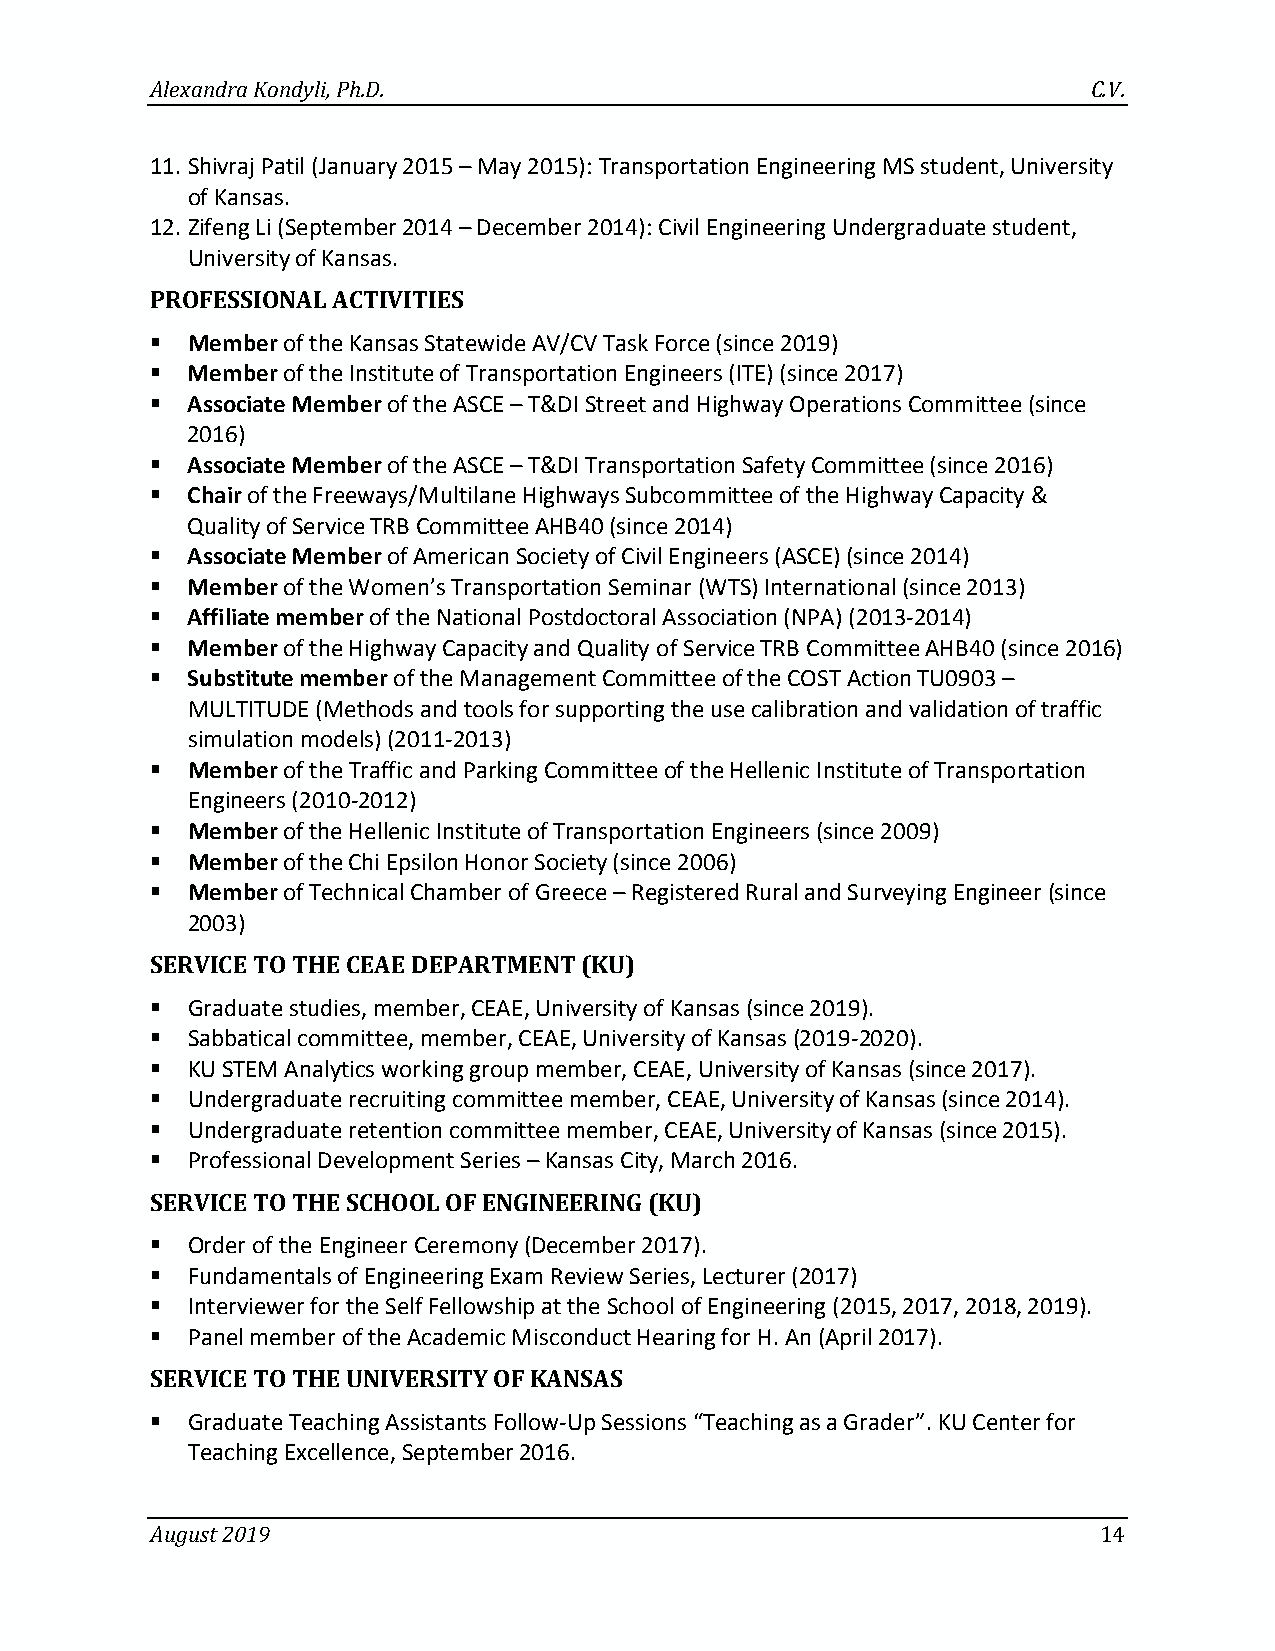
Alexandra Kondyli, Ph.D.                                      C.V.
 11. Shivraj Patil (January 2015 – May 2015): Transportation Engineering MS student, University
 of Kansas.
 12. Zifeng Li (September 2014 – December 2014): Civil Engineering Undergraduate student,
 University of Kansas.
 PROFESSIONAL ACTIVITIES
  Member of the Kansas Statewide AV/CV Task Force (since 2019)
  Member of the Institute of Transportation Engineers (ITE) (since 2017)
  Associate Member of the ASCE – T&DI Street and Highway Operations Committee (since
 2016)
  Associate Member of the ASCE – T&DI Transportation Safety Committee (since 2016)
  Chair of the Freeways/Multilane Highways Subcommittee of the Highway Capacity &
 Quality of Service TRB Committee AHB40 (since 2014)
  Associate Member of American Society of Civil Engineers (ASCE) (since 2014)
  Member of the Women’s Transportation Seminar (WTS) International (since 2013)
  Affiliate member of the National Postdoctoral Association (NPA) (2013-2014)
  Member of the Highway Capacity and Quality of Service TRB Committee AHB40 (since 2016)
  Substitute member of the Management Committee of the COST Action TU0903 –
 MULTITUDE (Methods and tools for supporting the use calibration and validation of traffic
 simulation models) (2011-2013)
  Member of the Traffic and Parking Committee of the Hellenic Institute of Transportation
 Engineers (2010-2012)
  Member of the Hellenic Institute of Transportation Engineers (since 2009)
  Member of the Chi Epsilon Honor Society (since 2006)
  Member of Technical Chamber of Greece – Registered Rural and Surveying Engineer (since
 2003)
 SERVICE TO THE CEAE DEPARTMENT (KU)
  Graduate studies, member, CEAE, University of Kansas (since 2019).
  Sabbatical committee, member, CEAE, University of Kansas (2019-2020).
  KU STEM Analytics working group member, CEAE, University of Kansas (since 2017).
  Undergraduate recruiting committee member, CEAE, University of Kansas (since 2014).
  Undergraduate retention committee member, CEAE, University of Kansas (since 2015).
  Professional Development Series – Kansas City, March 2016.
 SERVICE TO THE SCHOOL OF ENGINEERING (KU)
  Order of the Engineer Ceremony (December 2017).
  Fundamentals of Engineering Exam Review Series, Lecturer (2017)
  Interviewer for the Self Fellowship at the School of Engineering (2015, 2017, 2018, 2019).
  Panel member of the Academic Misconduct Hearing for H. An (April 2017).
 SERVICE TO THE UNIVERSITY OF KANSAS
  Graduate Teaching Assistants Follow-Up Sessions “Teaching as a Grader”. KU Center for
 Teaching Excellence, September 2016.
 August 2019                                                    14